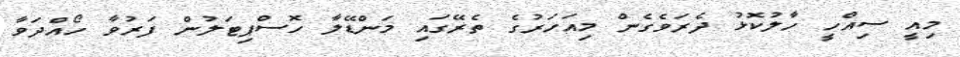
މިއީ ސިއްހީ ހާލުކޮޅު ދެރަވެގެން މިއަހަރުގެ ތެރޭގައި މަންޑޭލާ ހޮސްޕިޓަލުން ފަރުވާ ހޯއްދަވާ